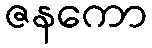
ဇနကော